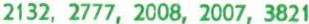
2132, 2777, 2008, 2007, 3821